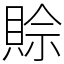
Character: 賒